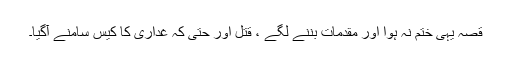
قصہ یہی ختم نہ ہوا اور مقدمات بننے لگے ، قتل اور حتیٰ کہ غداری کا کیس سامنے آگیا۔